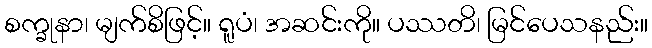
စက္ခုနာ၊ မျက်စိဖြင့်။ ရူပံ၊ အဆင်းကို။ ပဿတိ၊ မြင်ပေသနည်း။